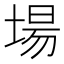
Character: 場